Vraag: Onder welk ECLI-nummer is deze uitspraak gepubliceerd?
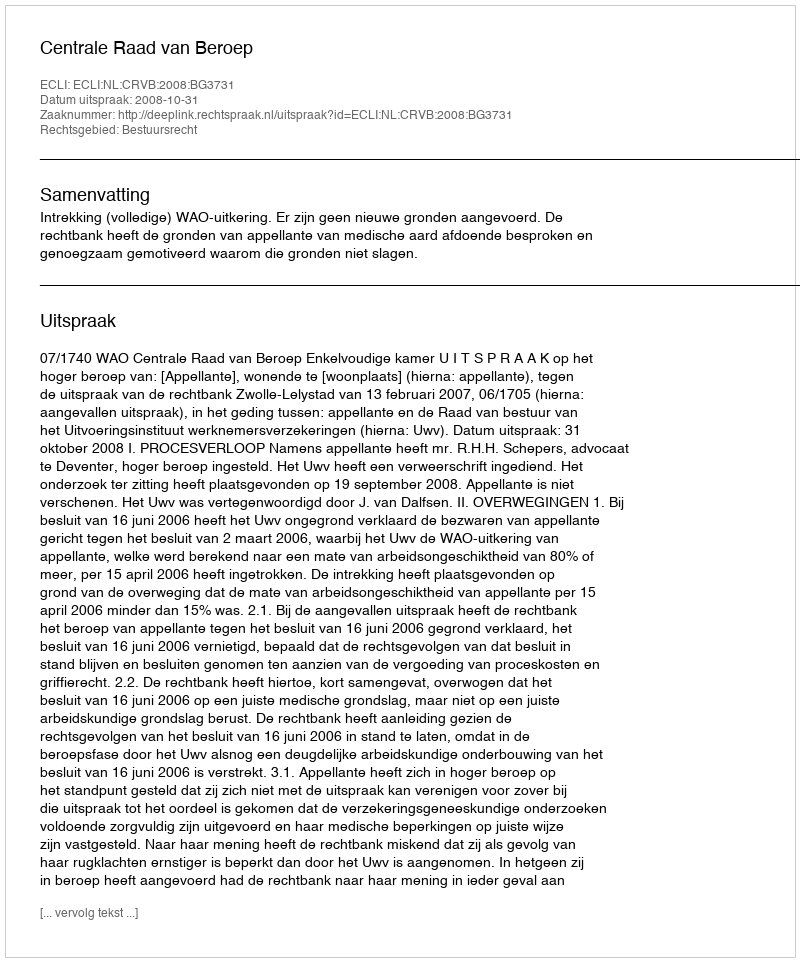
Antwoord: ECLI:NL:CRVB:2008:BG3731